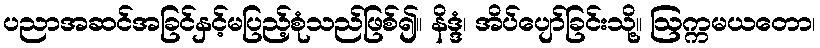
ပညာအဆင်အခြင်နှင့်မပြည့်စုံသည်ဖြစ်၍။ နိဒ္ဒံ၊ အိပ်ပျော်ခြင်းသို့။ ဩက္ကမယတော၊